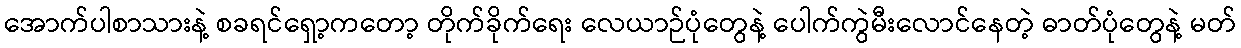
အောက်ပါစာသားနဲ့ စခရင်ရှော့ကတော့ တိုက်ခိုက်ရေး လေယာဉ်ပုံတွေနဲ့ ပေါက်ကွဲမီးလောင်နေတဲ့ ဓာတ်ပုံတွေနဲ့ မတ်